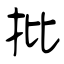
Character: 批